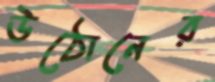
উঠোনের